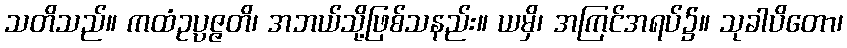
သတိသည်။ ကထံဥပ္ပဇ္ဇတိ၊ အဘယ်သို့ဖြစ်သနည်း။ ယမှိ၊ အကြင်အရပ်၌။ သုခါပိတော၊